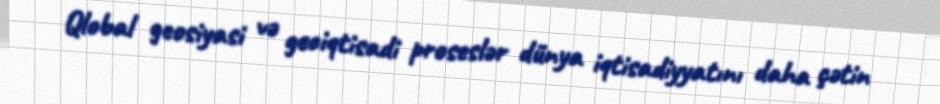
Qlobal geosiyasi və geoiqtisadi proseslər dünya iqtisadiyyatını daha çətin